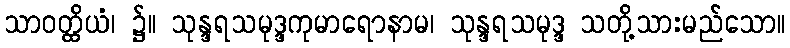
သာဝတ္ထိယံ၊ ၌။ သုန္ဒရသမုဒ္ဒကုမာရောနာမ၊ သုန္ဒရသမုဒ္ဒ သတို့သားမည်သော။